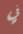
في